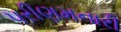
પરીણમનારી